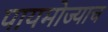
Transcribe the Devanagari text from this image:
पायमोज्याच